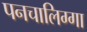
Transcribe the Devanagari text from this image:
पनचालिग्गा